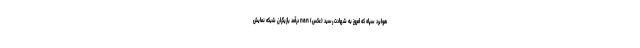
هوابرد سپاه که امروز به شهادت رسید (عکس) nan درآمد بازیگران شبکه نمایش